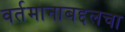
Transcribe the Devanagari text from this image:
वर्तमानाबद्दलचा